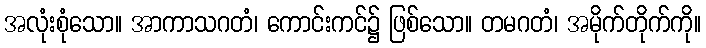
အလုံးစုံသော။ အာကာသဂတံ၊ ကောင်းကင်၌ ဖြစ်သော။ တမဂတံ၊ အမိုက်တိုက်ကို။